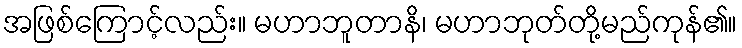
အဖြစ်ကြောင့်လည်း။ မဟာဘူတာနိ၊ မဟာဘုတ်တို့မည်ကုန်၏။